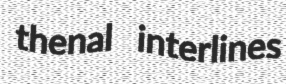
thenal interlines